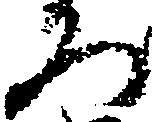
ろ